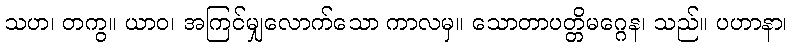
သဟ၊ တကွ။ ယာဝ၊ အကြင်မျှလောက်သော ကာလမှ။ သောတာပတ္တိမဂ္ဂေန၊ သည်။ ပဟာနာ၊